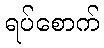
ရပ်စောက်